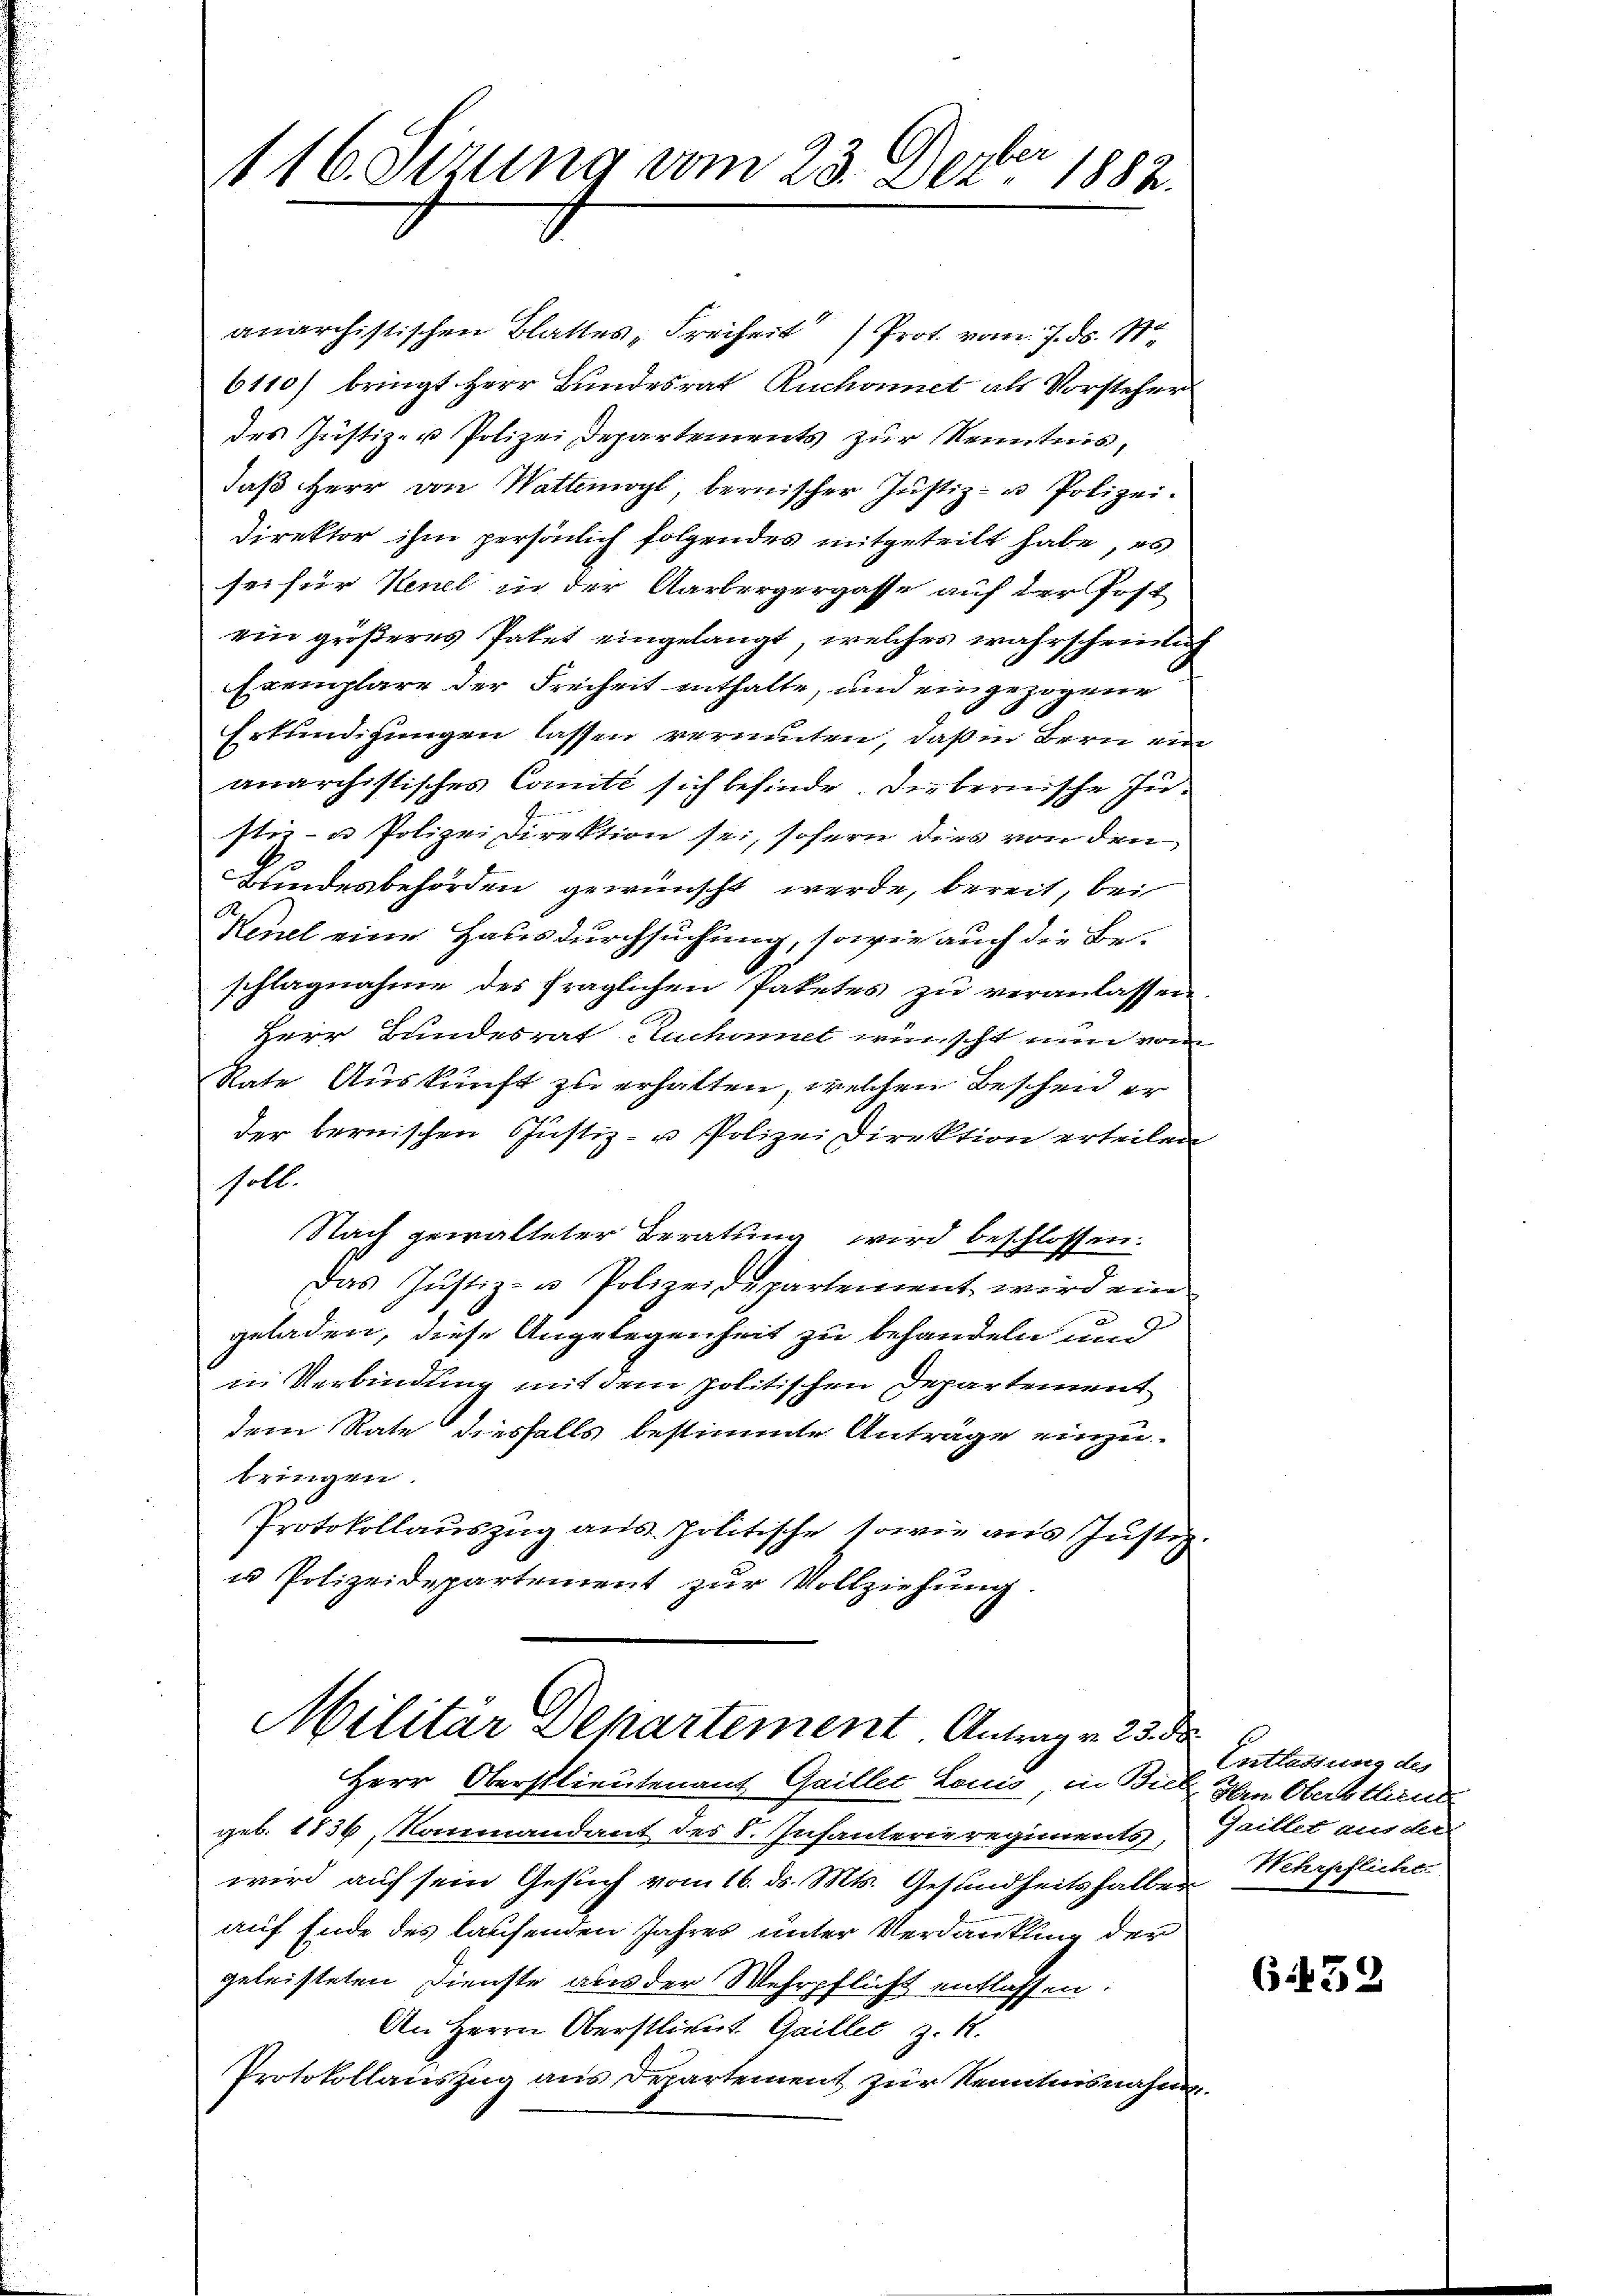
116. Sizung vom 23. Dezbr. 1882.

anarchistischen Blattes „Freiheit (Prot. vom 7. ds. S.
6110/ bringt Herr Bundesrat Ruchonet als Vorsteher
des Justiz- u Polizei Departements zur Kenntnis,
daβ Herr von Watteogt, bernischer Justiz- u Polizei.
Direktor ihm persönlich folgendes mitgeteilt habe, es
sei für Kennt in der Aarbergergasse auf der Post
ein größeres Paket eingelangt, welches wahrscheinlich
Exemplare der Freiheit enthalte, und ein gezogene
Erkundigungen lassen vermuten, daß in Bern ein
anarchistisches Comite sich befinde. Diebernische Justi - u Polizeidirektion sei, sofern dies von den
Bundesbehörden gewünscht werde, bereit, bei
Herel eine Hausdurchsuchung, sowie auch die Be-
schlagnahme des fraglichen Paketes zu veranlassen
Herr Bundesrat Anhans wünscht nun von
Rate Auskunft zu erhalten, welchen Beschend er
der bernischen Justiz- u Polizei Direktion erteilen
soll.
Nach gewalteter Beratung wird beschlossen.
das Justiz- u Polizeidepartement wird ein
geladen, diese Angelegenheit zu behandeln und
in Verbindung mit dem politischen Departement
dem Rate diesfalls bestimmte Anträge einzubringen
Protokollaŭszŭg aŭs Politische sowie aus Justiz-
u Polizeidepartement zur Vollziehung.
Militar Schartement Antrag v. 23. d
Herr Oberstlieutenant Gailler Lonio, in Bier
geb. 1836, Kommandant des S. Infanterieregiments,
wird auf sein Gesuch vom 16. d. Mts. Gesundheitshalber
auf Ende des lausenden Jahres unter Verdankung der
geleisteten Dienste aus der Mehrpflicht entlassen.
An Herrn Oberstlieut. Gailles z. 1.
Protokollauszug aus Departement zur Kenntnisnahm

Entlassung des
Ien Oberstind
Gaillet aus der
Hehrpfliche

6452